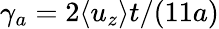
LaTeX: \gamma_{a}=2\langle u_{z}\rangle t/(11a)